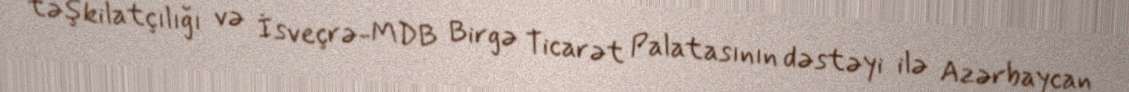
təşkilatçılığı və İsveçrə-MDB Birgə Ticarət Palatasının dəstəyi ilə Azərbaycan